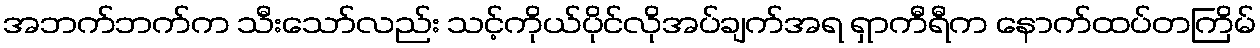
အဘက်ဘက်က သီးသော်လည်း သင့်ကိုယ်ပိုင်လိုအပ်ချက်အရ ရှာကီရီက နောက်ထပ်တကြိမ်